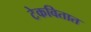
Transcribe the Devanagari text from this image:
टेकवितात